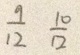
\frac { 9 } { 1 2 } \frac { 1 0 } { 1 2 }